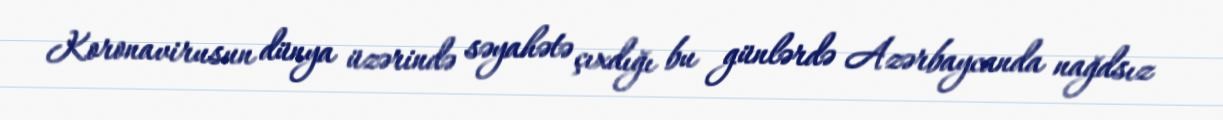
Koronavirusun dünya üzərində səyahətə çıxdığı bu günlərdə Azərbaycanda nağdsız